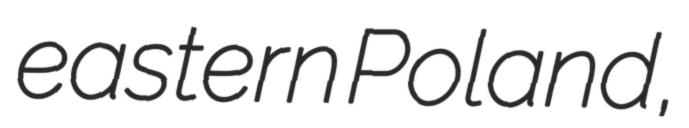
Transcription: eastern Poland,